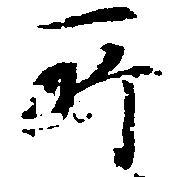
所